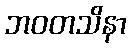
ဘဝတသိနာ